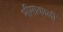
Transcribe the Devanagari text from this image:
भीमाकाली